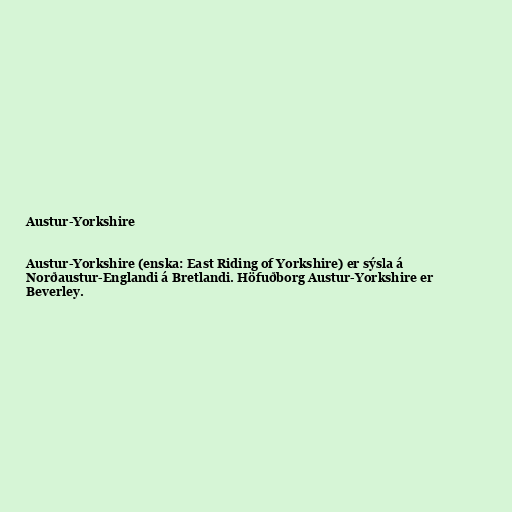
Austur-Yorkshire

Austur-Yorkshire (enska: East Riding of Yorkshire) er sýsla á
Norðaustur-Englandi á Bretlandi. Höfuðborg Austur-Yorkshire er
Beverley.